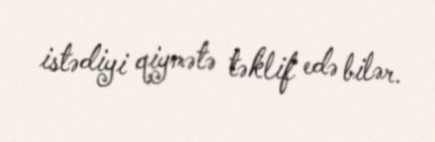
istədiyi qiymətə təklif edə bilər.